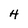
Character: H